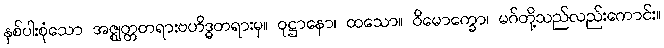
နှစ်ပါးစုံသော အဇ္ဈတ္တတရားဗဟိဒ္ဓတရားမှ။ ဝုဋ္ဌာနော၊ ထသော။ ဝိမောက္ခော၊ မဂ်တို့သည်လည်းကောင်း။